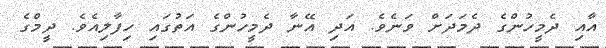
އާއި ދެމީހުންގެ ދެމަދަށް ވަނެވެ. އަދި އޭނާ ދެމީހުންގެ އަތުގައި ހިފާލިއެވެ. ދީމްގެ